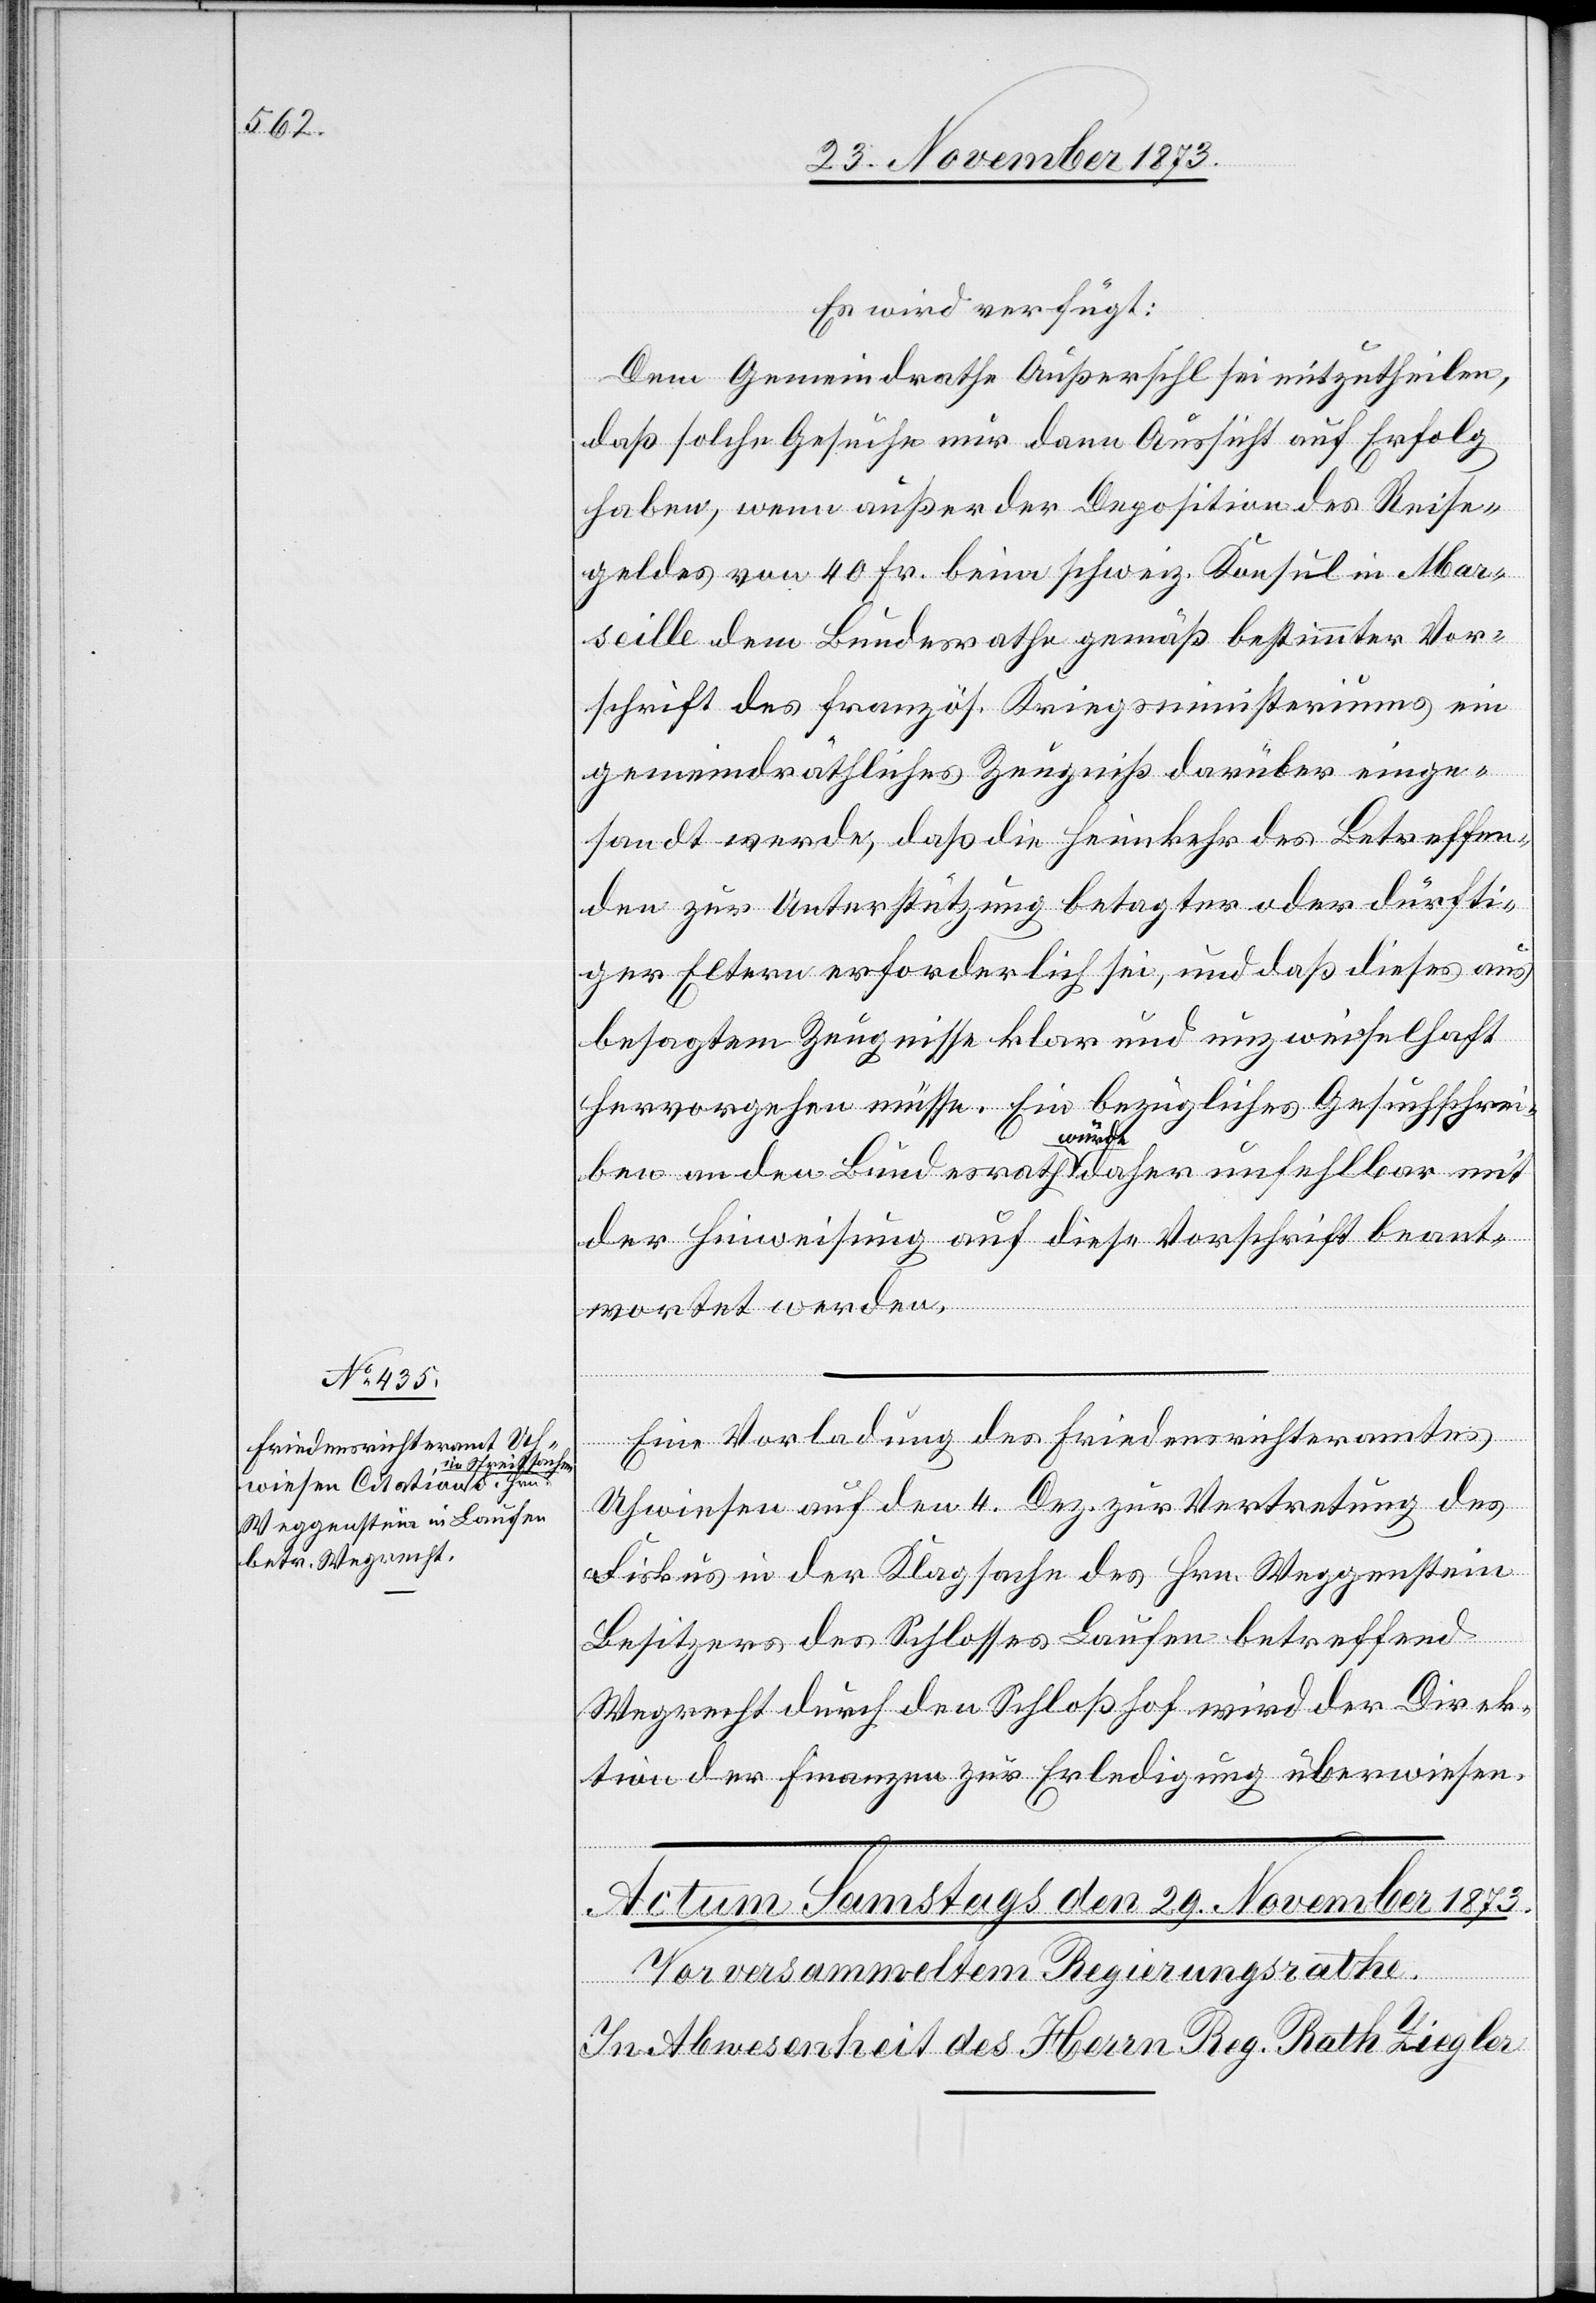
28. November 1873.]
Es wird verfügt:
Dem Gemeindrathe Außersihl sei mitzutheilen,
daß solche Gesuche nur dann Aussicht auf Erfolg
haben, wenn außer der Deposition des Reise¬
geldes von 40 Fr. beim schweiz. Konsul in Mar¬
seille dem Bundesrathe gemäß bestimmter Vor¬
schrift des französ. Kriegsministeriums ein
gemeindräthliches Zeugniß darüber einge¬
sandt werde, daß die Heimkehr des Betreffen¬
den zur Unterstützung betagter oder dürfti¬
ger Eltern erforderlich sei, und daß dieses aus
besagtem Zeugnisse klar und unzweifelhaft
hervorgehen müsse. Ein bezügliches Gesuchschrei¬
ben an den Bundesrath würde daher unfehlbar mit
der Hinweisung auf diese Vorschrift beant¬
wortet werden.
Eine Vorladung des Friedensrichteramtes
Uhwiesen auf den 4. Dez. zur Vertretung des
Fiskus in der Klagsache des Hrn. Weggenstein
Besitzers des Schlosses Laufen betreffend
Wegrecht durch den Schloßhof wird der Direk¬
tion der Finanzen zur Erledigung überwiesen.